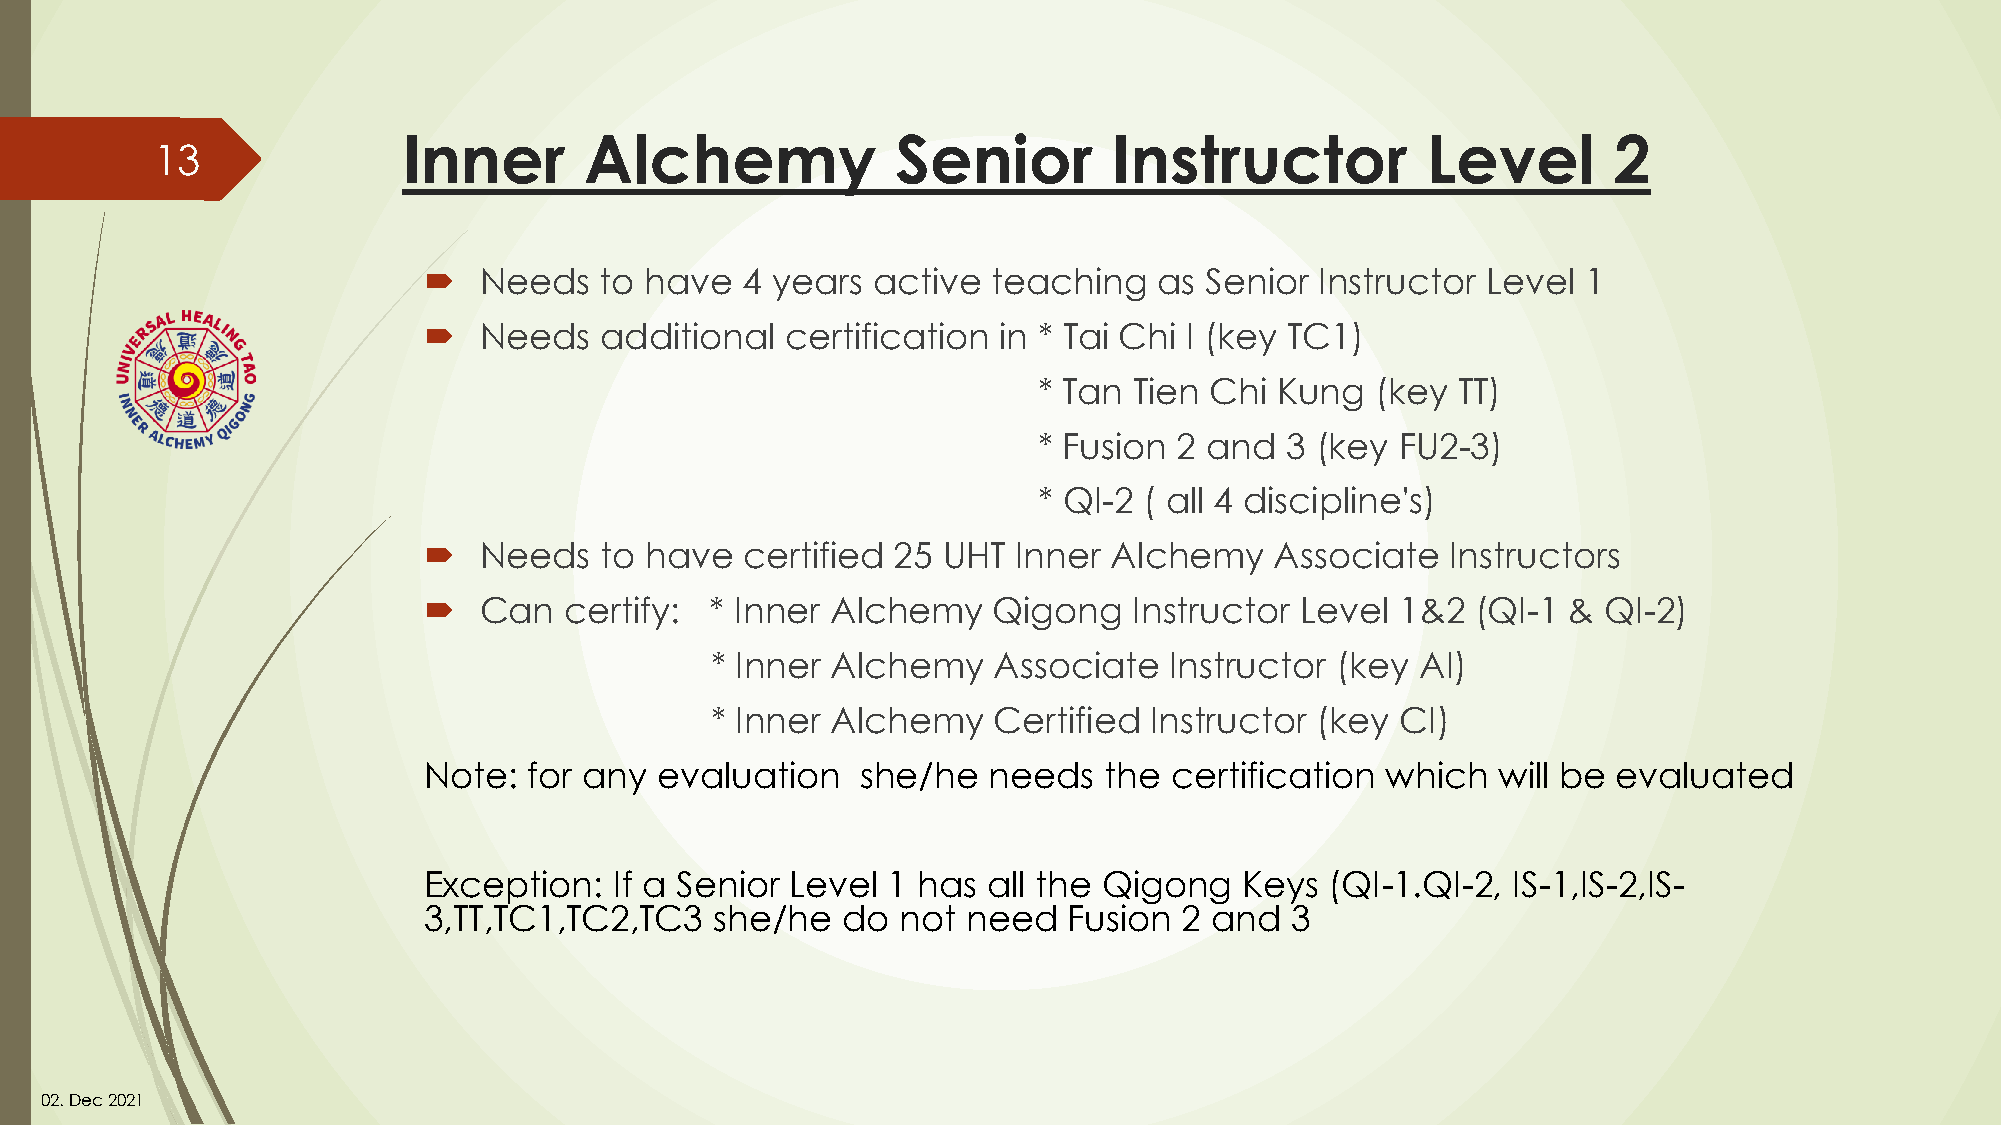
Inner       Alchemy             Senior         Instructor          Level        2
 13
    Needs   to have  4 years  active  teaching   as Senior Instructor Level  1
    Needs   additional  certification in * Tai Chi I (key TC1)
 * Tan Tien Chi  Kung  (key TT)
 * Fusion 2 and  3 (key  FU2-3)
 * QI-2 ( all 4 discipline's)
    Needs   to have  certified 25 UHT  Inner  Alchemy   Associate   Instructors
    Can  certify:  * Inner Alchemy    Qigong   Instructor Level  1&2  (QI-1 & QI-2)
 * Inner Alchemy    Associate  Instructor (key  AI)
 * Inner Alchemy    Certified Instructor (key  CI)
 Note:  for any  evaluation   she/he  needs   the certification  which  will be evaluated
 Exception:   If a Senior Level 1 has all the Qigong   Keys  (QI-1.QI-2, IS-1,IS-2,IS-
 3,TT,TC1,TC2,TC3   she/he   do  not need   Fusion 2 and  3
 02. Dec2021